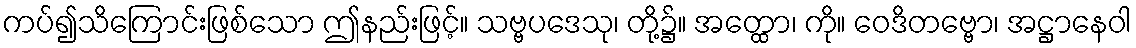
ကပ်၍သိကြောင်းဖြစ်သော ဤနည်းဖြင့်။ သဗ္ဗပဒေသု၊ တို့၌။ အတ္ထော၊ ကို။ ဝေဒိတဗ္ဗော၊ အဋ္ဌာနေဝါ